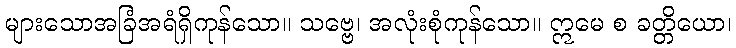
များသောအခြံအရံရှိကုန်သော။ သဗ္ဗေ၊ အလုံးစုံကုန်သော။ ဣမေ စ ခတ္တိယော၊